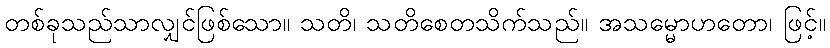
တစ်ခုသည်သာလျှင်ဖြစ်သော။ သတိ၊ သတိစေတသိက်သည်။ အသမ္မောဟတော၊ ဖြင့်။